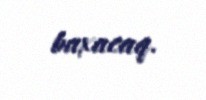
baxacaq.